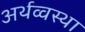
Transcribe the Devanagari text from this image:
अर्थव्वस्था